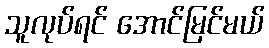
သူလုပ်ရင် အောင်မြင်မယ်